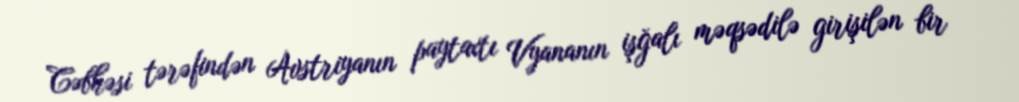
Cəbhəsi tərəfindən Avstriyanın paytaxtı Vyananın işğalı məqsədilə girişilən bir